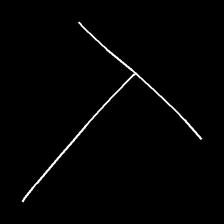
Glyph: column